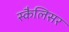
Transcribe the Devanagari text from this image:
स्कैलिसर